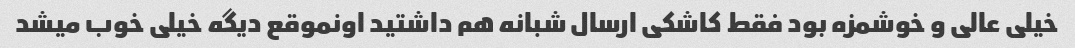
خیلی عالی و خوشمزه بود فقط کاشکی ارسال شبانه هم داشتید اونموقع دیگه خیلی خوب میشد